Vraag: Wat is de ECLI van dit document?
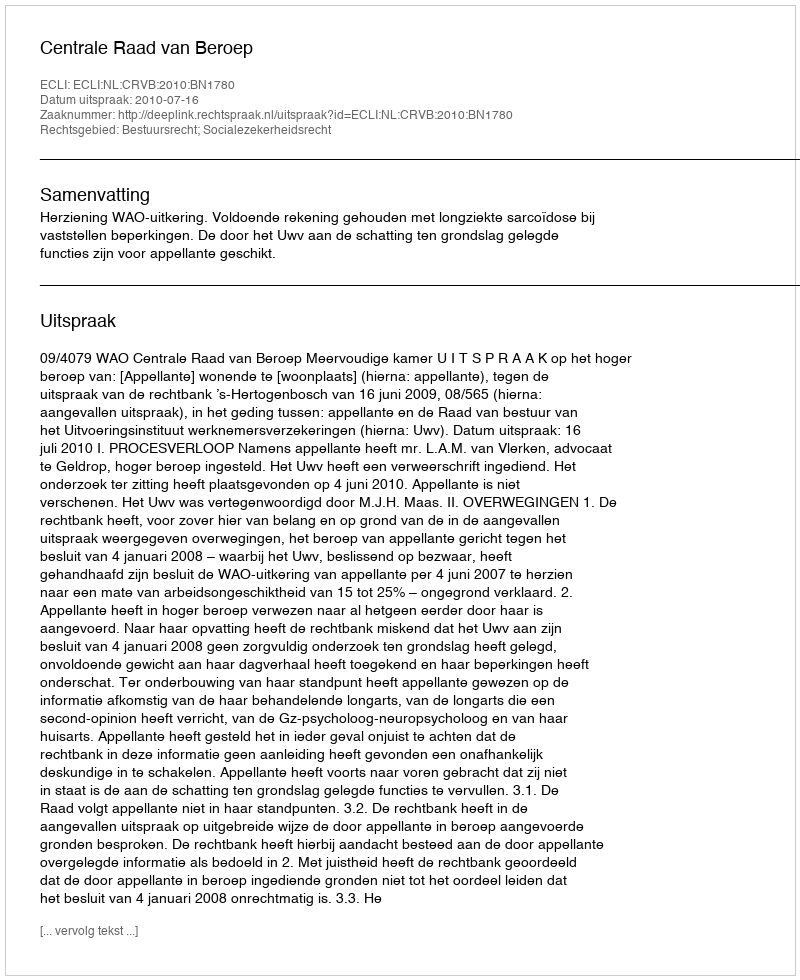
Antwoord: ECLI:NL:CRVB:2010:BN1780